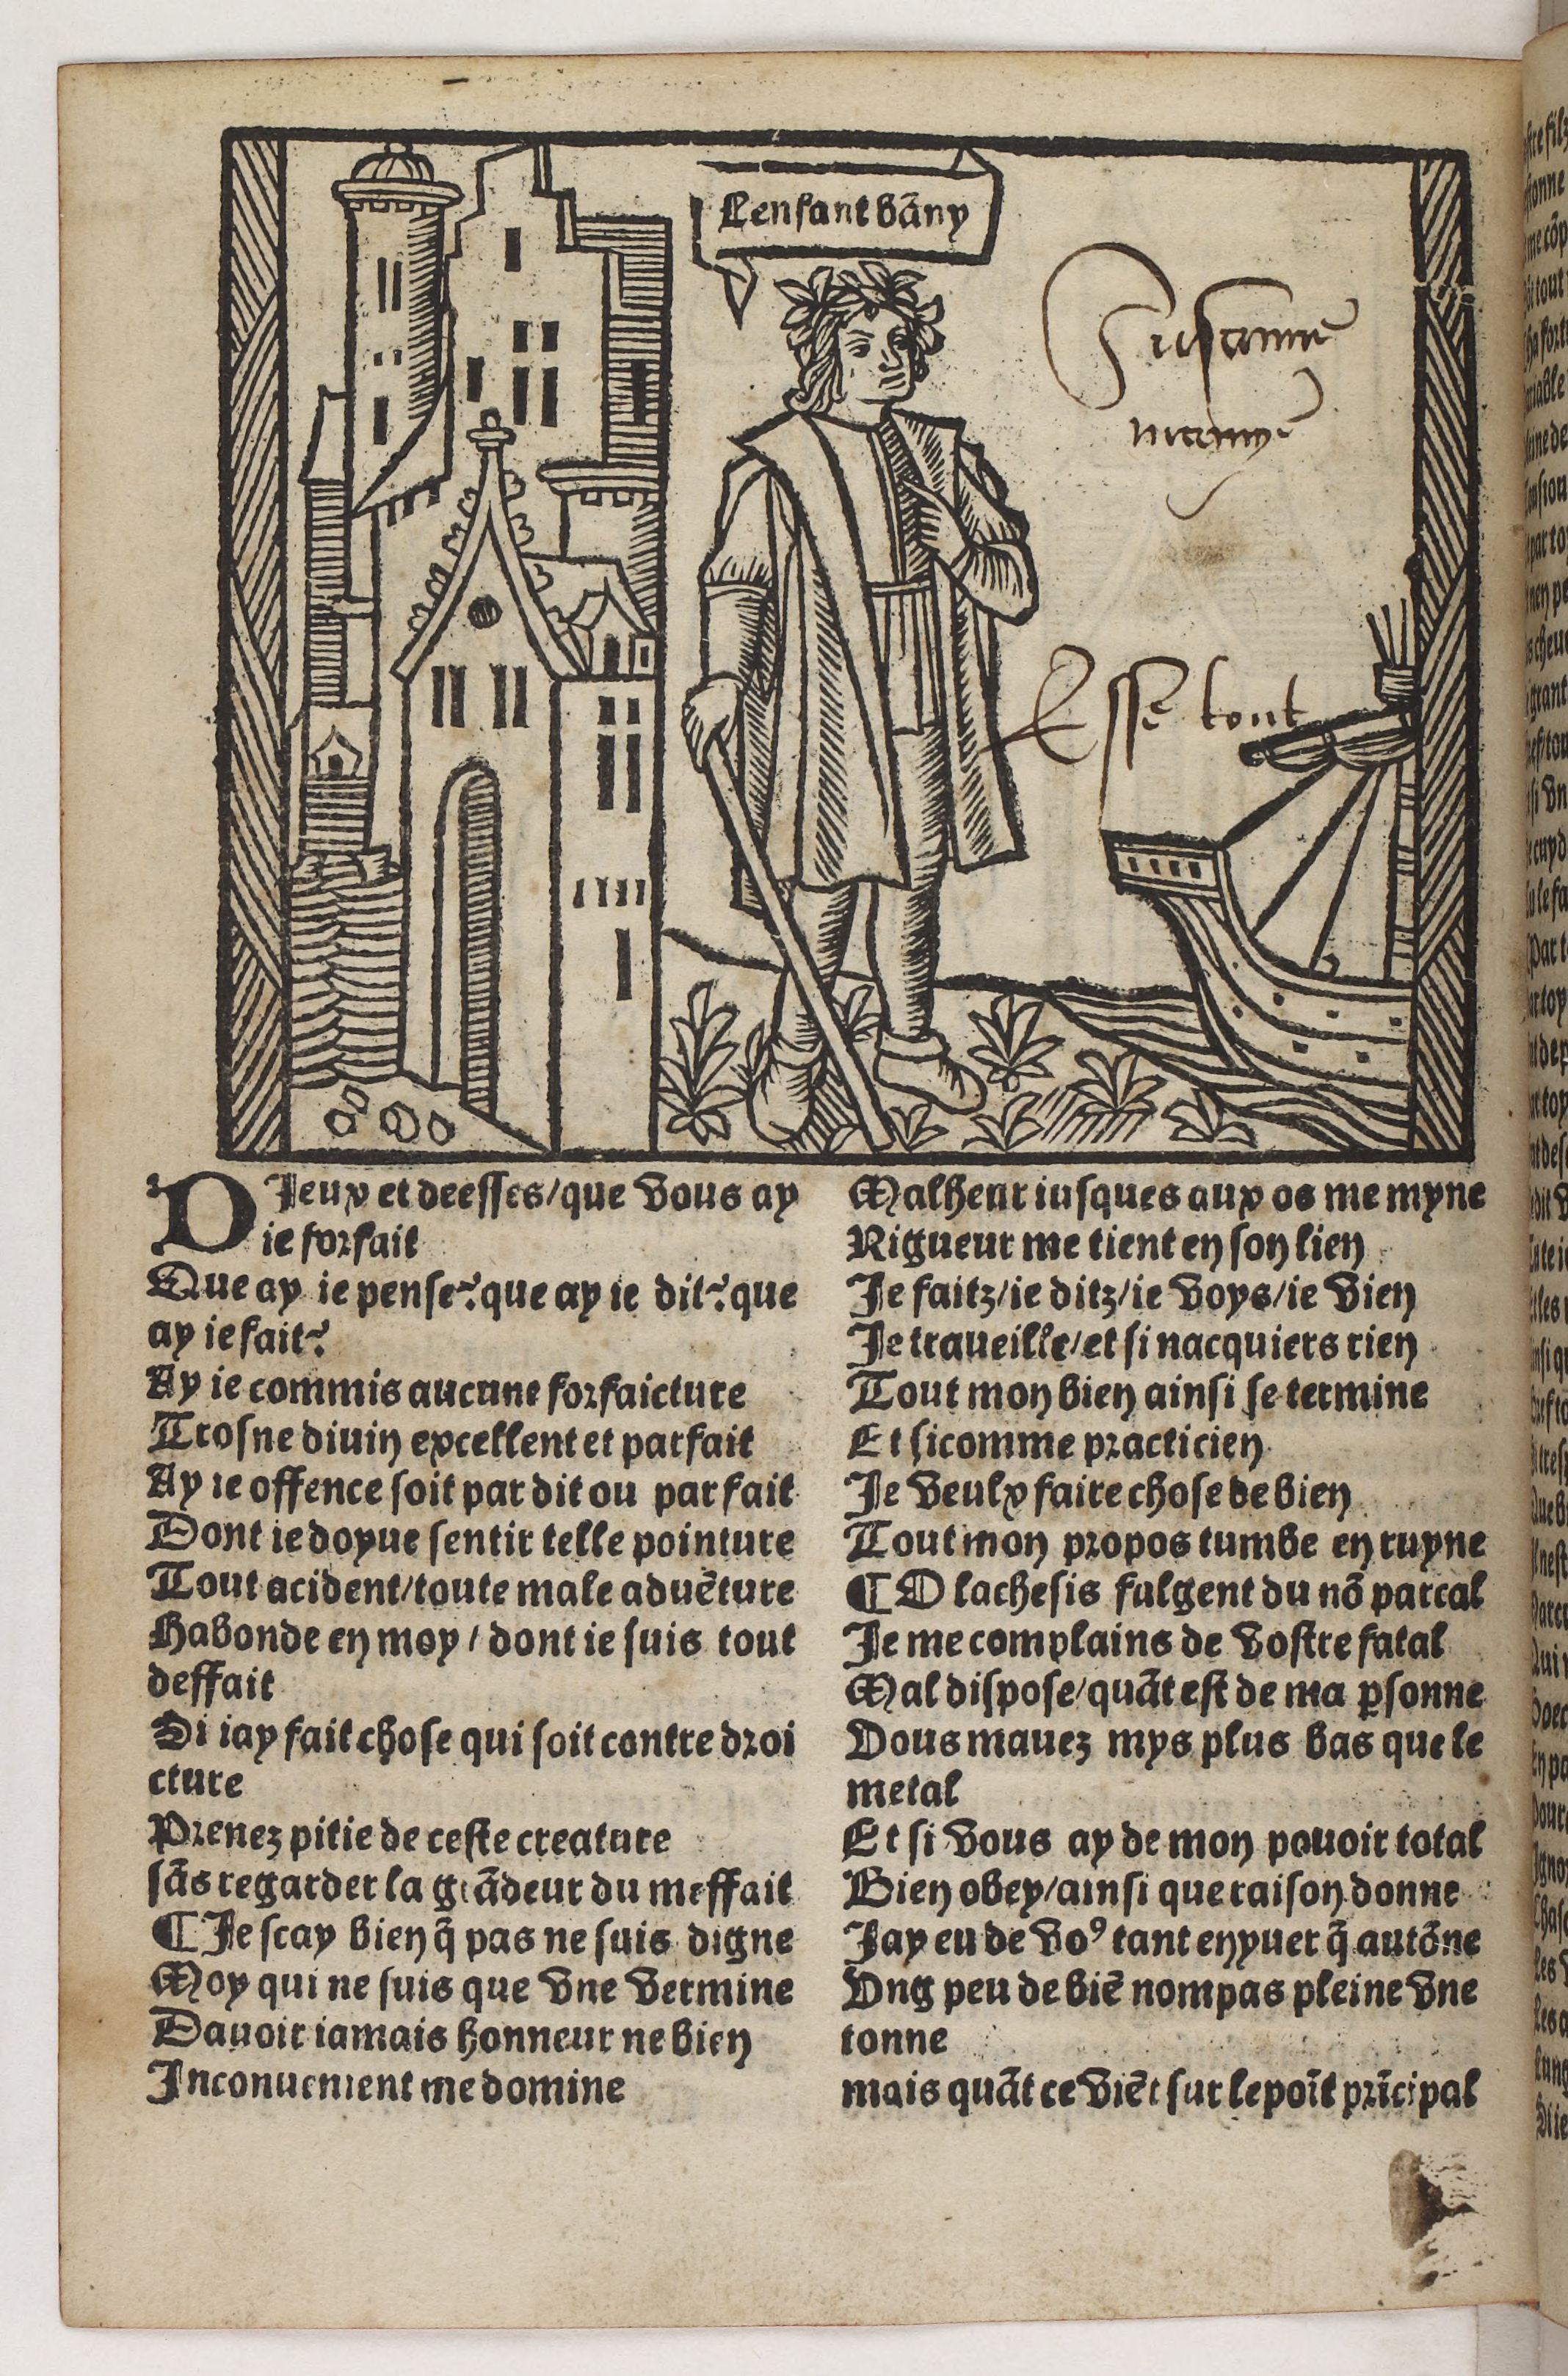
Shelfmark: Paris, BnF, Rés. Y2-930
Century: 15